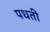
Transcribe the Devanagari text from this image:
पधती